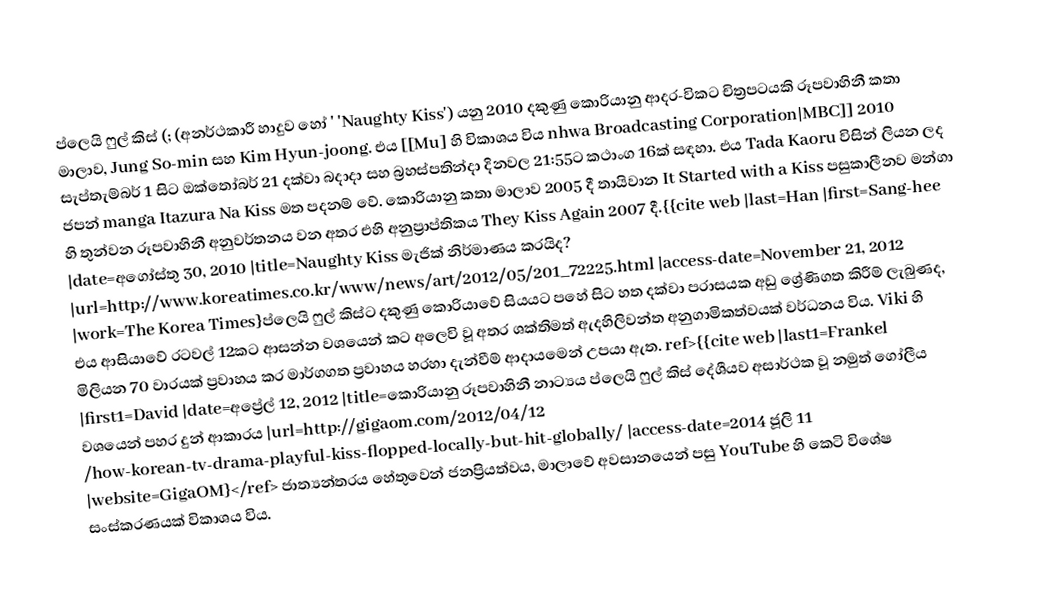
ප්ලෙයි ෆුල් කිස් (; (අනර්ථකාරී හාදුව හෝ ' 'Naughty Kiss') යනු 2010 දකුණු කොරියානු ආදර-විකට චිත්‍රපටයකි රූපවාහිනී කතා මාලාව, Jung So-min සහ Kim Hyun-joong. එය [[Mu] හි විකාශය විය nhwa Broadcasting Corporation|MBC]] 2010 සැප්තැම්බර් 1 සිට ඔක්තෝබර් 21 දක්වා බදාදා සහ බ්‍රහස්පතින්දා දිනවල 21:55ට කථාංග 16ක් සඳහා. එය Tada Kaoru විසින් ලියන ලද ජපන් manga Itazura Na Kiss මත පදනම් වේ. කොරියානු කතා මාලාව 2005 දී තායිවාන It Started with a Kiss පසුකාලීනව මන්ගා හි තුන්වන රූපවාහිනී අනුවර්තනය වන අතර එහි අනුප්‍රාප්තිකය They Kiss Again 2007 දී.{{cite web |last=Han |first=Sang-hee |date=අගෝස්තු 30, 2010 |title=Naughty Kiss මැජික් නිර්මාණය කරයිද? |url=http://www.koreatimes.co.kr/www/news/art/2012/05/201_72225.html |access-date=November 21, 2012 |work=The Korea Times}ප්ලෙයි ෆුල් කිස්ට දකුණු කොරියාවේ සියයට පහේ සිට හත දක්වා පරාසයක අඩු ශ්‍රේණිගත කිරීම් ලැබුණද, එය ආසියාවේ රටවල් 12කට ආසන්න වශයෙන් කට අලෙවි වූ අතර ශක්තිමත් ඇදහිලිවන්ත අනුගාමිකත්වයක් වර්ධනය විය. Viki හි මිලියන 70 වාරයක් ප්‍රවාහය කර මාර්ගගත ප්‍රවාහය හරහා දැන්වීම් ආදායමෙන්  උපයා ඇත. ref>{{cite web |last1=Frankel |first1=David |date=අප්‍රේල් 12, 2012 |title=කොරියානු රූපවාහිනී නාට්‍යය ප්ලෙයි ෆුල් කිස් දේශීයව අසාර්ථක වූ නමුත් ගෝලීය වශයෙන් පහර දුන් ආකාරය |url=http://gigaom.com/2012/04/12 /how-korean-tv-drama-playful-kiss-flopped-locally-but-hit-globally/ |access-date=2014 ජූලි 11 |website=GigaOM}</ref> ජාත්‍යන්තරය හේතුවෙන් ජනප්‍රියත්වය, මාලාවේ අවසානයෙන් පසු YouTube හි කෙටි විශේෂ සංස්කරණයක් විකාශය විය.